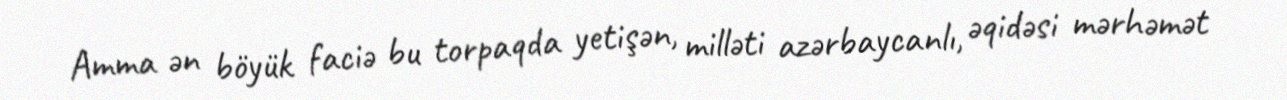
Amma ən böyük faciə bu torpaqda yetişən, milləti azərbaycanlı, əqidəsi mərhəmət